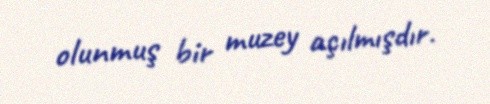
olunmuş bir muzey açılmışdır.